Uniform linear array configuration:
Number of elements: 4
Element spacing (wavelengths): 0.25
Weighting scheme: hann
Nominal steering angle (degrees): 60
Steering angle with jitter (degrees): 61.157
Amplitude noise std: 0.05
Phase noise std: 0.05

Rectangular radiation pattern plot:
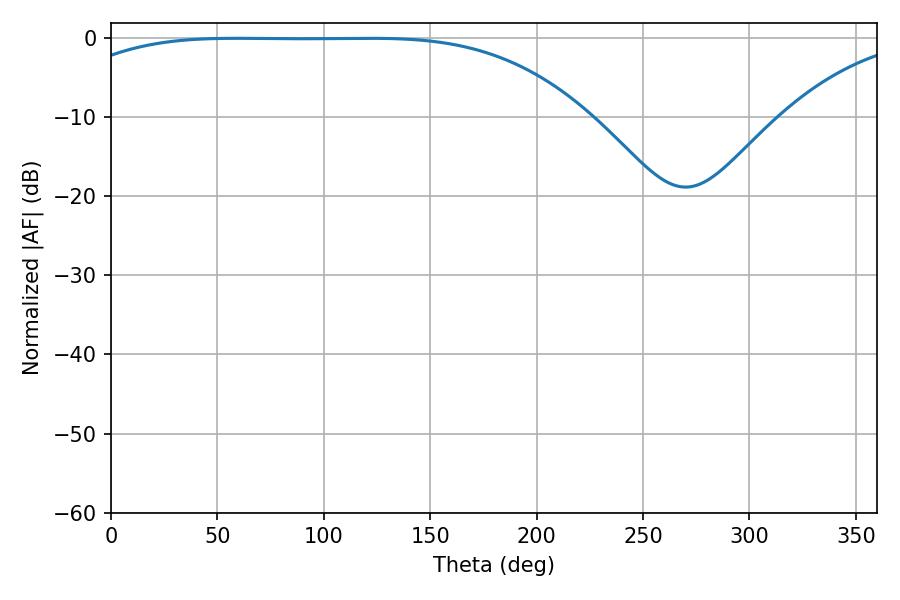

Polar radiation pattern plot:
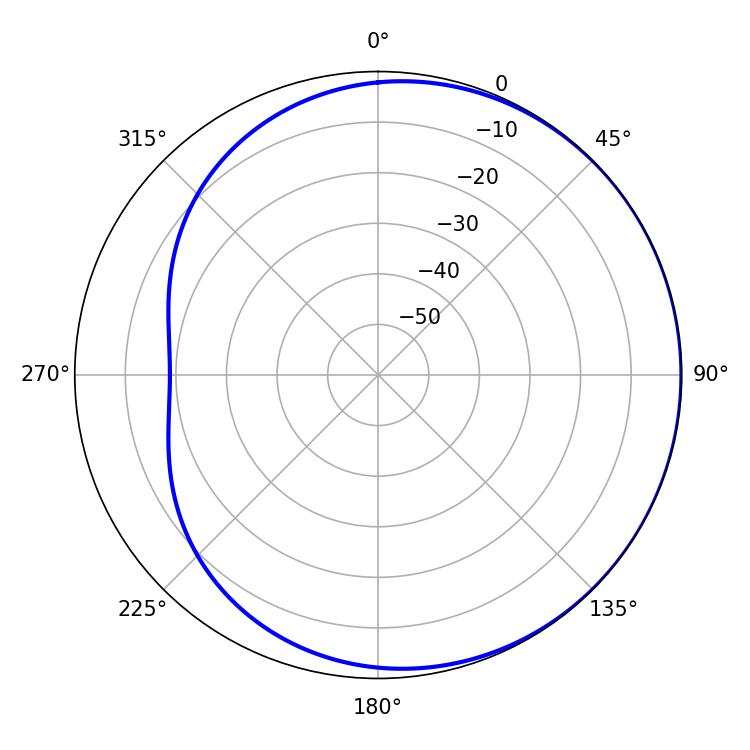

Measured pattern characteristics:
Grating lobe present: FALSE
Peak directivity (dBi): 0.6156
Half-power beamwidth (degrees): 188.1
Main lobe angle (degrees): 59.22